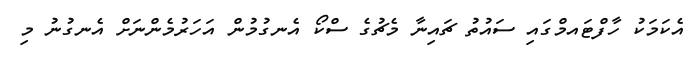
އެކަމަކު ހާފްޓައމްގައި ސައުތު ޗައިނާ މެޗުގެ ސްކޯ އެނގުމުން އަހަރުމެންނަށް އެނގުނު މި